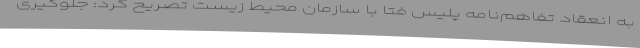
به انعقاد تفاهم‌نامه پلیس فتا با سازمان محیط زیست تصریح کرد: جلوگیری